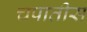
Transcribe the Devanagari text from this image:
चपातीस